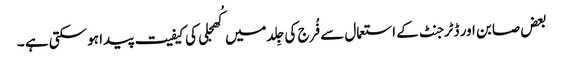
بعض صابن اور ڈٹرجنٹ کے استعمال سے فُرج کی جِلد میں کُھجلی کی کیفیت پیدا ہو سکتی ہے ۔